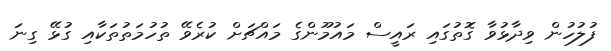
ފުލުހުން ވިދާޅުވާ ގޮތުގައި ރައީސް މައުމޫންގެ މައްޗަށް ކުރެވޭ ތުހުމަތުތަކާއި ގުޅޭ ގިނަ